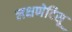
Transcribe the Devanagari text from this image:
लक्षणेदिसू